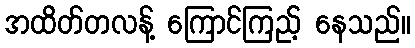
အထိတ်တလန့် ကြောင်ကြည့် နေသည်။